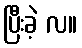
ပြီးခဲ့ လ။